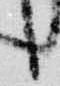
言